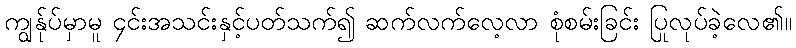
ကျွန်ုပ်မှာမူ ၄င်းအသင်းနှင့်ပတ်သက်၍ ဆက်လက်လေ့လာ စုံစမ်းခြင်း ပြုလုပ်ခဲ့လေ၏။